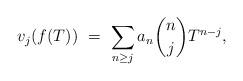
LaTeX: \begin{align*} v_j(f(T)) \ = \ \sum_{n \geq j} a_n {n \choose j} T^{n-j}, \end{align*}